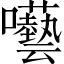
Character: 囈